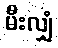
မီးလျှံ